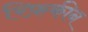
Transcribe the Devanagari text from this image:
रिफ़कीन